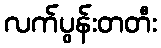
လက်ပွန်းတတီး